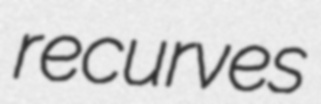
recurves